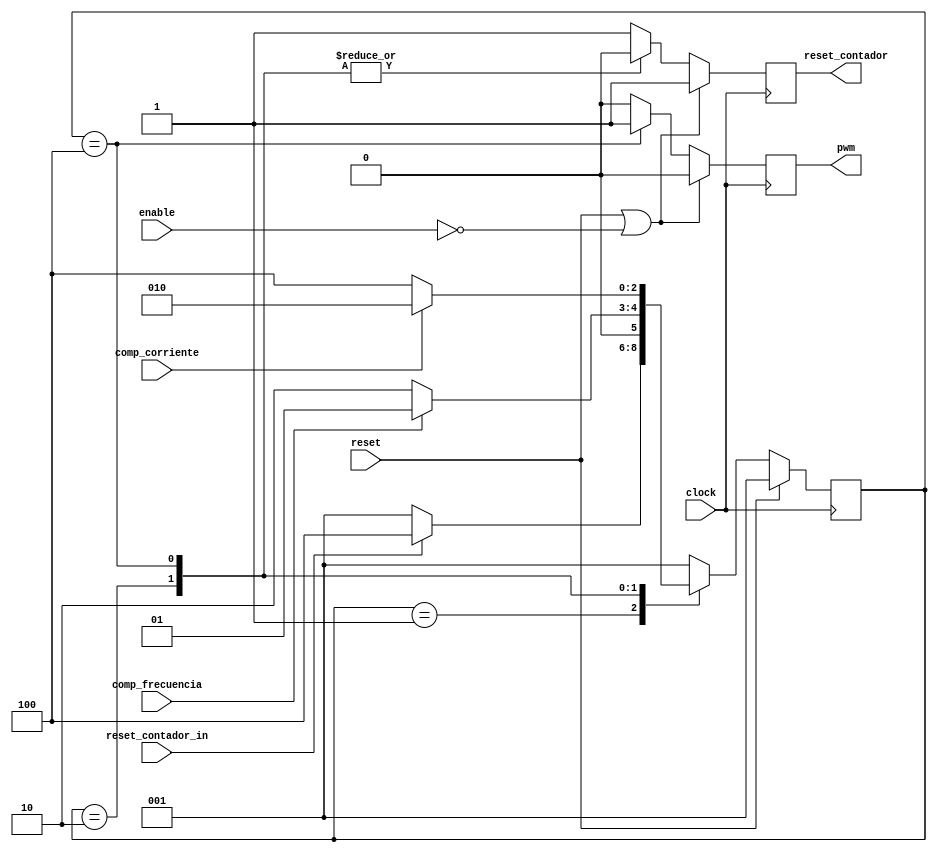
`timescale 1ns / 1ps
//-----------------------------------------------------
// This is FSM demo program using always block
// Design Name : fsm_using_always
//-----------------------------------------------------
module Prueba_FSM (
clock      			,
reset      			,
comp_frecuencia   ,
comp_corriente    ,
reset_contador    ,
pwm					,
reset_contador_in ,
enable
);
//-------------Input Ports-----------------------------
input 	clock,reset,comp_frecuencia,comp_corriente;
input 	reset_contador_in;
input		enable;
 //-------------Output Ports---------------------------
output  	reset_contador,pwm;
//-------------Input ports Data Type-------------------
wire    	enable, clock,reset,comp_frecuencia,comp_corriente,reset_contador_in;
//-------------Output Ports Data Type------------------
reg     	reset_contador,pwm;
//-------------Internal Constants--------------------------
parameter SIZE = 3           ;
parameter IDLE  = 3'b001,GNT0 = 3'b010,GNT1 = 3'b100 ;
//-------------Internal Variables---------------------------
reg   [SIZE-1:0]          state        ;// Seq part of the FSM
reg   [SIZE-1:0]          next_state   ;// combo part of FSM
//----------Code startes Here------------------------
always @ (clock or state or comp_frecuencia or comp_corriente or reset_contador_in)
begin : FSM_COMBO
 next_state = 3'b000;
 case(state)
   IDLE : if (reset_contador_in == 1'b1) begin
                next_state = GNT1;
              end else begin
                next_state = IDLE;
              end
   GNT0 : if (comp_frecuencia == 1'b1) begin
                next_state = IDLE;
              end else begin
                next_state = GNT0;
              end
   GNT1 : if (comp_corriente == 1'b1) begin
                next_state = GNT0;
              end else begin
                next_state = GNT1;
              end
   default : next_state = IDLE;
  endcase
end
//----------Seq Logic-----------------------------
always @ (posedge clock)
begin : FSM_SEQ
  if (reset == 1'b1) begin
    state <= #1 IDLE;
  end else begin
    state <= #1 next_state;
  end
end
//----------Output Logic-----------------------------
always @ (posedge clock)
begin : OUTPUT_LOGIC
if ((reset == 1'b1)||(enable == 0)) begin
  reset_contador <= #1 1'b1;
  pwm <= #1 1'b0;
end
else begin
  case(state)
   IDLE : begin
                  reset_contador <= #1 1'b1;
                  pwm <= #1 1'b0;
               end
   GNT0 : begin
                   reset_contador <= #1 1'b0;
                   pwm <= #1 1'b0;
                end
   GNT1 : begin
                   reset_contador <= #1 1'b0;
                   pwm <= #1 1'b1;
                end
   default : begin
                    reset_contador <= #1 1'b1;
                    pwm <= #1 1'b0;
                  end
  endcase
end
end // End Of Block OUTPUT_LOGIC

endmodule // End of Module arbiter